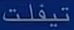
تيفلت